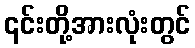
၎င်းတို့အားလုံးတွင်